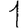
Digit: 1